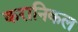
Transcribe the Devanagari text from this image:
करानिकल